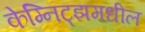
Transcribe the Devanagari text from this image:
केम्निट्झमधील